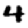
Digit: 4